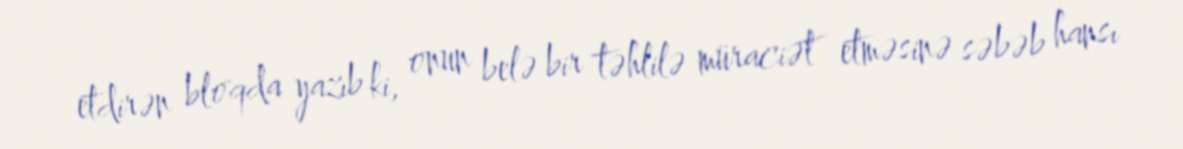
etdirən bloqda yazıb ki, onun belə bir təhlilə müraciət etməsinə səbəb hansı